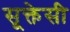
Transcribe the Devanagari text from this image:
सूक्तेसी